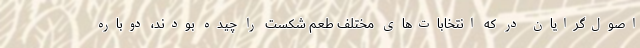
اصول‌گرایان در که انتخابات‌های مختلف طعم شکست را چیده بودند، دوباره